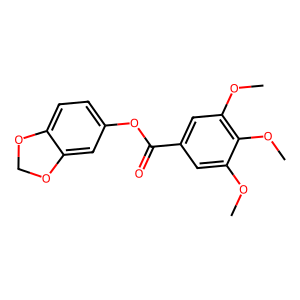
SMILES: COc1cc(C(=O)Oc2ccc3c(c2)OCO3)cc(OC)c1OC
Inhibits HIV replication: No